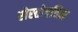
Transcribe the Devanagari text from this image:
रोस्तोपचिन